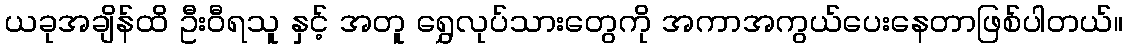
ယခုအချိန်ထိ ဦးဝီရသူ နှင့် အတူ ရွှေလုပ်သားတွေကို အကာအကွယ်ပေးနေတာဖြစ်ပါတယ်။